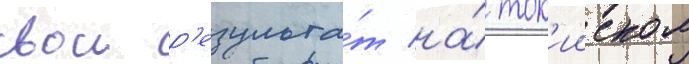
свои р'езульта́т на́ ток'ииском